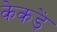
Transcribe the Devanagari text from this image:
केकड़ें